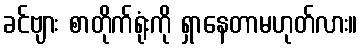
ခင်ဗျား စာတိုက်ရုံးကို ရှာနေတာမဟုတ်လား။